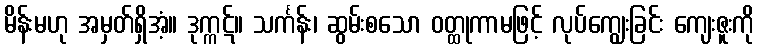
မိန်းမဟု အမှတ်ရှိအံ့။ ဒုက္ကဋ်။ သင်္ကန်း၊ ဆွမ်းစသော ဝတ္ထုကာမဖြင့် လုပ်ကျွေးခြင်း ကျေးဇူးကို